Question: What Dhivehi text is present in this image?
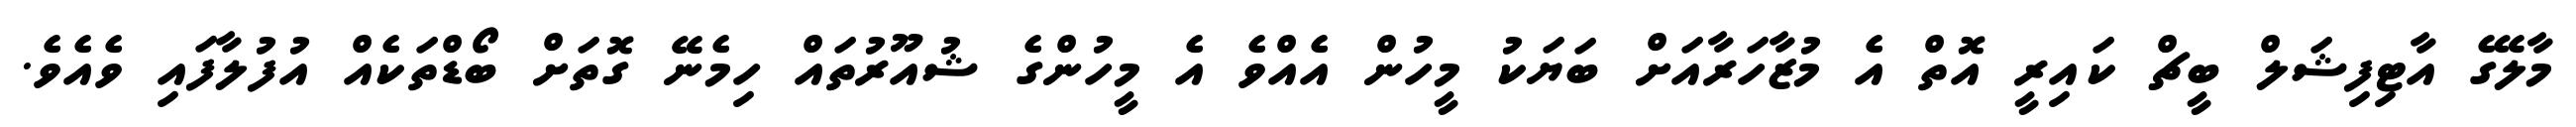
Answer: މާލޭގެ އާޓިފިޝަލް ބީޗް ކައިރީ އޮތް އެ މުޒާހަރާއަށް ބަޔަކު މީހުން އެއްވެ އެ މީހުންގެ ޝުއޫރުތައް ހިމެނޭ ގޮތަށް ބޯޑްތަކެއް އުފުލާފައި ވެއެވެ.